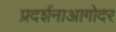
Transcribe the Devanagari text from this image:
प्रदर्शनाआगोदर